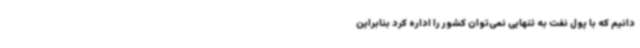
‌دانیم که با پول نفت به تنهایی نمی‌توان کشور را اداره کرد بنابراین